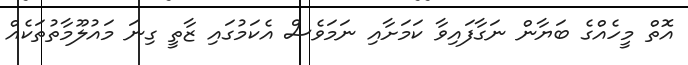
އޮތް މީހެއްގެ ބަޔާން ނަގާފައިވާ ކަމަށާއި ނަމަވެސް އެކަމުގައި ޒާތީ ގިނަ މައުލޫމާތުތަކެއް